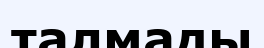
талмады